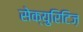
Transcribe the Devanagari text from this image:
सेक्युरिटिज़